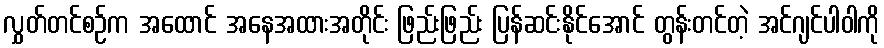
လွှတ်တင်စဉ်က အထောင် အနေအထားအတိုင်း ဖြည်းဖြည်း ပြန်ဆင်းနိုင်အောင် တွန်းတင်တဲ့ အင်ဂျင်ပါဝါကို